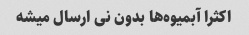
اکثرا آبمیوه‌ها بدون نی ارسال میشه